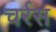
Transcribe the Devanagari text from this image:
चर्रस